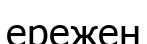
ережен